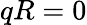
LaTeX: qR=0